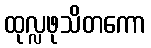
ထုလ္လဖုသိတကော